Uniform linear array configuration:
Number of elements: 16
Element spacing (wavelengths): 0.25
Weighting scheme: blackman
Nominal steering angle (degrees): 30
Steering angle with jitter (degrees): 29.196
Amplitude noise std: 0.05
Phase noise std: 0.05

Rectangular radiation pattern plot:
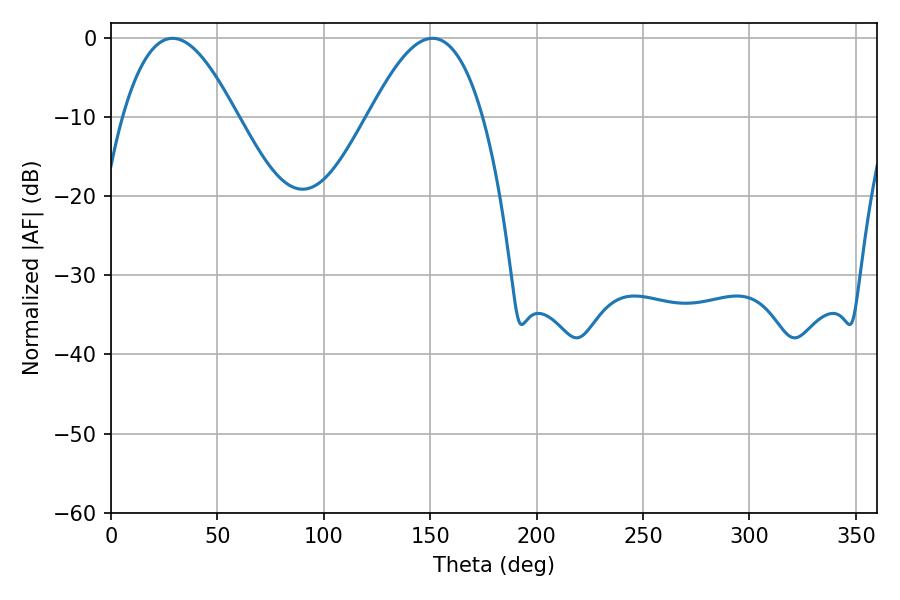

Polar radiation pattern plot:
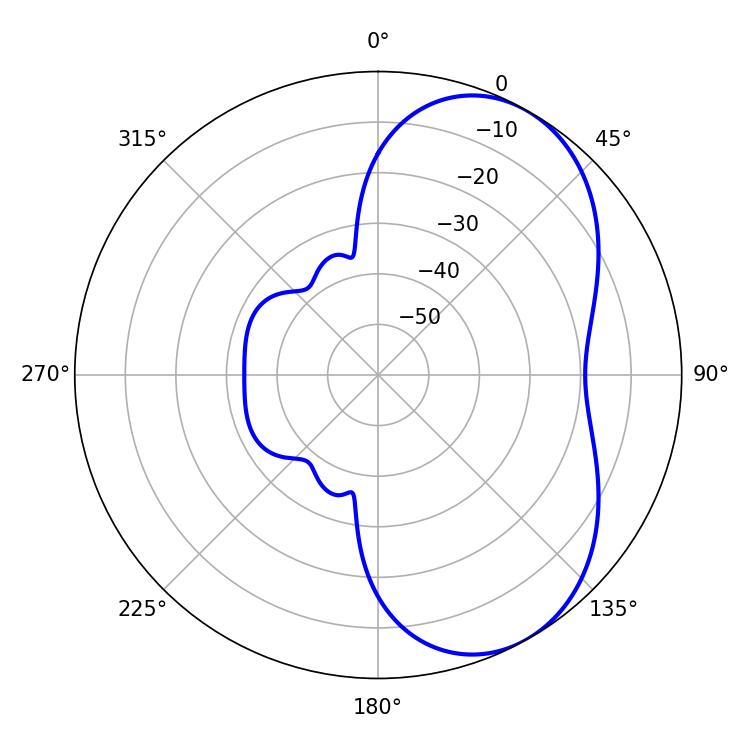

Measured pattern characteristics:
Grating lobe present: FALSE
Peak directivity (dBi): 5.465
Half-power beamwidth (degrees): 28.98
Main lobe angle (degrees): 28.98